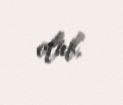
olub.